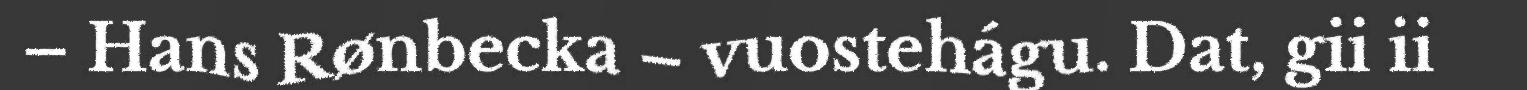
– Hans Rønbecka – vuostehágu. Dat, gii ii